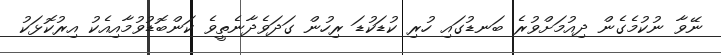
ނޭވާ ނުކުމެގެން ދިއުމަށްވުރެ ބަނޑުގައި ހުރި ކުޑަކުޑަ ރިހުން ގަދަވެދާނެތީވެ ކަންބޮޑުވުމާއިއެކު އިރުކޮޅަކު